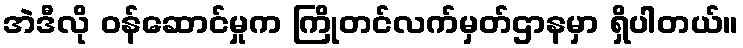
အဲဒီလို ဝန်ဆောင်မှုက ကြိုတင်လက်မှတ်ဌာနမှာ ရှိပါတယ်။